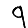
Digit: 9